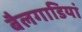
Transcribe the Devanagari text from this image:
बैलगाडियां